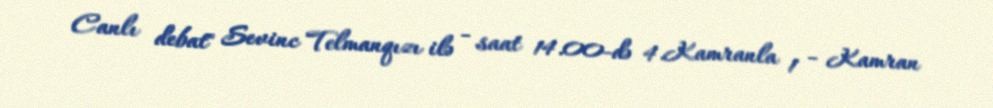
Canlı debat" Sevinc Telmanqızı ilə - saat 14.00-də 4.Kamranla 1 - Kamran